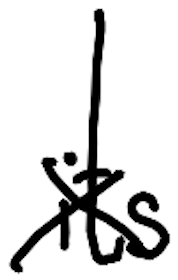
Text: its
Cross-out: cross
Writing tool: digital_black